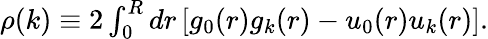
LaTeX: \begin{array}{r}{\rho(k)\equiv 2\int_{0}^{R}dr\, [g_{0}(r)g_{k}(r)-u_{0}(r)u_{k}(r)].}\end{array}